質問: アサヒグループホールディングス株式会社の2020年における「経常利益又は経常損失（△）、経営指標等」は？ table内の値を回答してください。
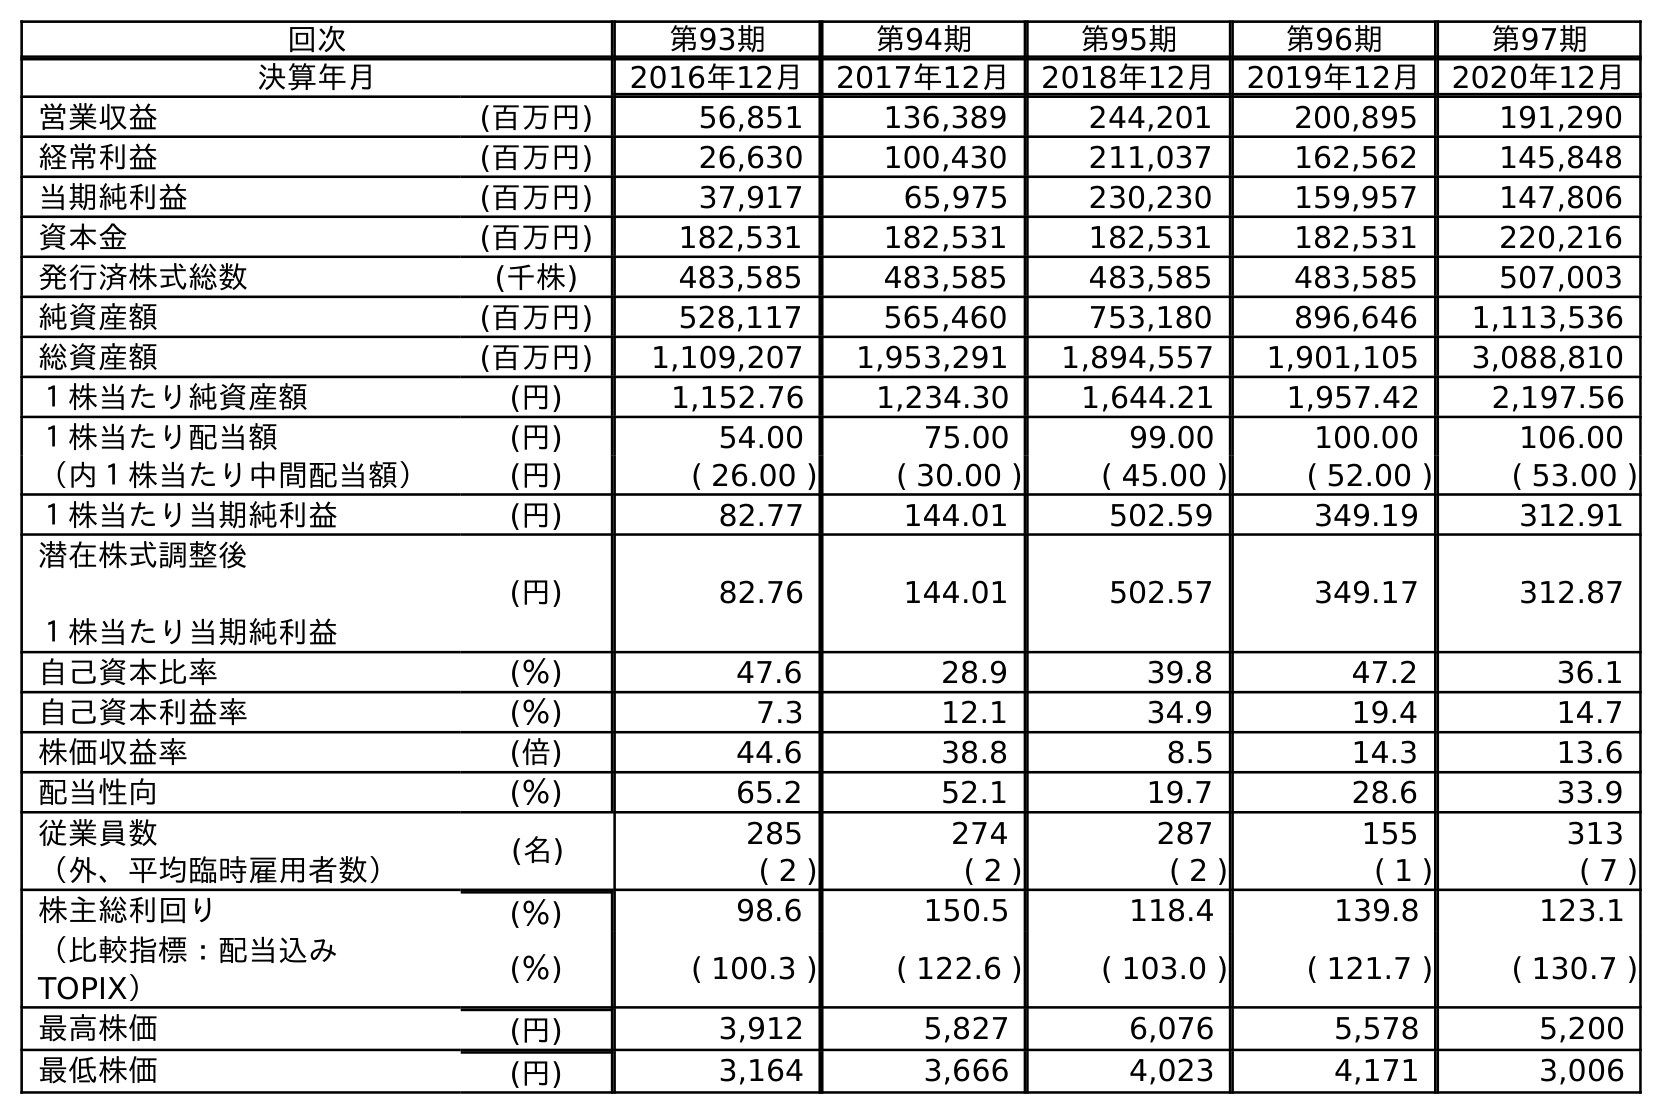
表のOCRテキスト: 回次 第93期 第94期 第95期 第96期 第97期 決算年月 2016年12月 2017年12月 2018年12月 2019年12月 2020年12月 営業収益 (百万円) 56,851 136,389 244,201 200,895 191,290 経常利益 (百万円) 26,630 100,430 211,037 162,562 145,848 当期純利益 (百万円) 37,917 65,975 230,230 159,957 147,806 資本金 (百万円) 182,531 182,531 182,531 182,531 220,216 発行済株式総数 (千株) 483,585 483,585 483,585 483,585 507,003 純資産額 (百万円) 528,117 565,460 753,180 896,646 1,113,536 総資産額 (百万円) 1,109,207 1,953,291 1,894,557 1,901,105 3,088,810 １株当たり純資産額 (円) 1,152.76 1,234.30 1,644.21 1,957.42 2,197.56 １株当たり配当額 (円) 54.00 75.00 99.00 100.00 106.00 （内１株当たり中間配当額） (円) ( 26.00 ) ( 30.00 ) ( 45.00 ) ( 52.00 ) ( 53.00 ) １株当たり当期純利益 (円) 82.77 144.01 502.59 349.19 312.91 潜在株式調整後 １株当たり当期純利益 (円) 82.76 144.01 502.57 349.17 312.87 自己資本比率 (％) 47.6 28.9 39.8 47.2 36.1 自己資本利益率 (％) 7.3 12.1 34.9 19.4 14.7 株価収益率 (倍) 44.6 38.8 8.5 14.3 13.6 配当性向 (％) 65.2 52.1 19.7 28.6 33.9 従業員数 (名) 285 274 287 155 313 （外、平均臨時雇用者数） ( 2 ) ( 2 ) ( 2 ) ( 1 ) ( 7 ) 株主総利回り (％) 98.6 150.5 118.4 139.8 123.1 （比較指標：配当込み TOPIX） (％) ( 100.3 ) ( 122.6 ) ( 103.0 ) ( 121.7 ) ( 130.7 ) 最高株価 (円) 3,912 5,827 6,076 5,578 5,200 最低株価 (円) 3,164 3,666 4,023 4,171 3,006
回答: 145,848